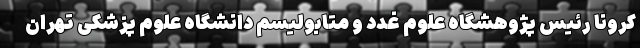
کرونا رئیس پژوهشگاه علوم غدد و متابولیسم دانشگاه علوم پزشکی تهران